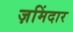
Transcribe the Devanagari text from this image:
ज़मिंदार